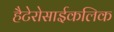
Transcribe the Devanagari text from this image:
हैटेरोसाईकलिक